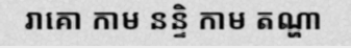
រាគោ កាម នន្ទិ កាម តណ្ហា